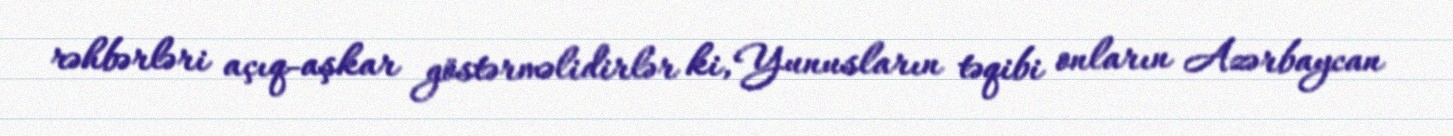
rəhbərləri açıq-aşkar göstərməlidirlər ki, Yunusların təqibi onların Azərbaycan